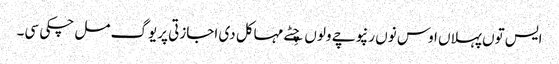
ایس توں پہلاں اوس نوں رنپوچے ولوں چِٹے مہاکل دی اجازتی پریوگ مل چکی سی۔